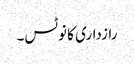
رازداری کا نوٹس۔